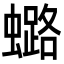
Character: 𧒌